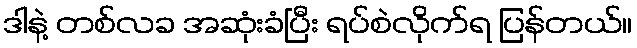
ဒါနဲ့ တစ်လခ အဆုံးခံပြီး ရပ်စဲလိုက်ရ ပြန်တယ်။